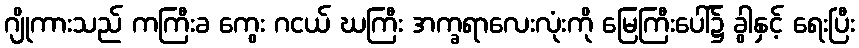
ဂျိုကားသည် ကကြီးခ ကွေး ဂငယ် ဃကြီး အက္ခရာလေးလုံးကို မြေကြီးပေါ်၌ ခွါနှင့် ရေးပြီး